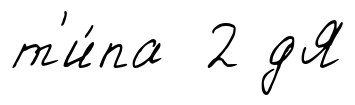
т'и́па 2 дЯ